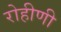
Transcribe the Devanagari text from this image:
रोहीणी